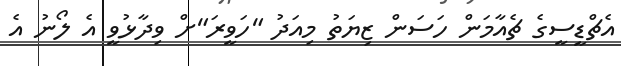
އެޗްޑީސީގެ ޗެއާމަން ހަސަން ޒިޔަތު މިއަދު "ހަވީރަ"ށް ވިދާޅުވީ އެ ލޯނު އެ